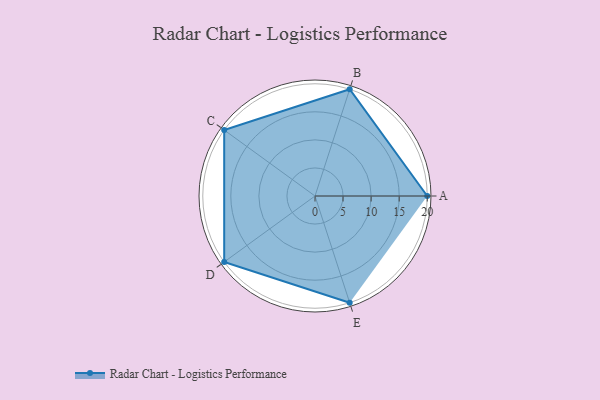
{"axis": {"x": "Skill", "y": "Score"}, "legend": ["Profile"], "data": [{"x": "A", "y": 20, "type": "Profile"}, {"x": "B", "y": 20, "type": "Profile"}, {"x": "C", "y": 20, "type": "Profile"}, {"x": "D", "y": 20, "type": "Profile"}, {"x": "E", "y": 20, "type": "Profile"}]}